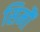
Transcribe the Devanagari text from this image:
सिमौं